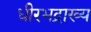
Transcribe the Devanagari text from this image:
धीरभद्राख्य